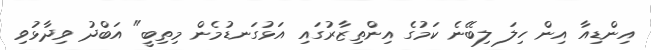
އިންޑިއާ އިން ހިލަ ލިބޭނެ ކަމުގެ އިންތިޒާރުގައި އަޅުގަނޑުމެން މިތިބީ" އަބްދު ވިދާޅުވި